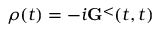
\rho ( t ) = - i { \bf G } ^ { < } ( t , t )